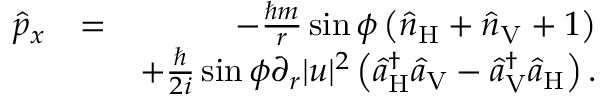
\begin{array} { r l r } { \hat { p } _ { x } } & { = } & { - \frac { \hbar m } { r } \sin \phi \left( \hat { n } _ { \mathrm { H } } + \hat { n } _ { \mathrm { V } } + 1 \right) } \\ & { } & { + \frac { \hbar } { 2 i } \sin \phi \partial _ { r } | u | ^ { 2 } \left( \hat { a } _ { \mathrm { H } } ^ { \dagger } \hat { a } _ { \mathrm { V } } - \hat { a } _ { \mathrm { V } } ^ { \dagger } \hat { a } _ { \mathrm { H } } \right) . } \end{array}